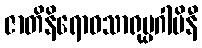
ဇာတိနိရောဓသာရုပ္ပဂါမိနီ